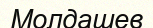
Молдашев